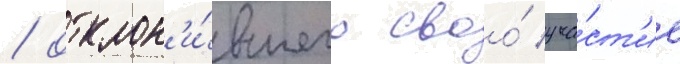
/ отклон'и́вшего своо́ уча́ст'ие